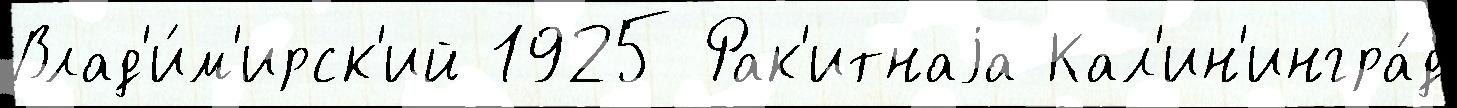
Влад'и́м'ирск'ий 1925 Рак'итнаjа Кал'ин'ингра́д